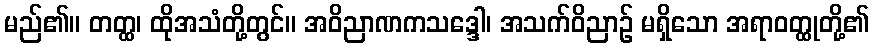
မည်၏။ တတ္ထ၊ ထိုအသံတို့တွင်။ အဝိညာဏကသဒ္ဒေါ၊ အသက်ဝိညာဉ် မရှိသော အရာဝတ္ထုတို့၏